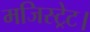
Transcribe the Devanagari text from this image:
मजिस्ट्रेट।